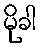
မိုခါ